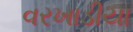
વરખાડીયા